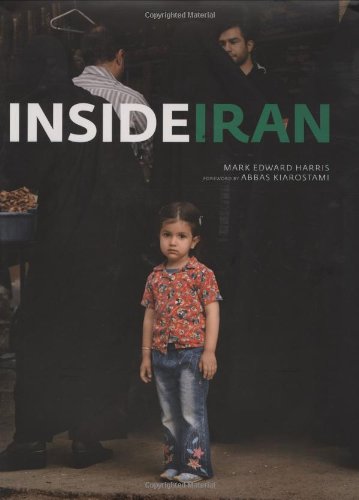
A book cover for Inside Iran; Mark Edward Harris; Travel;